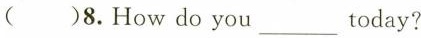
()8.How do you ___ today?